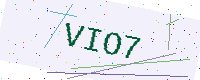
Text: VIO7